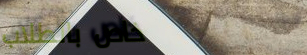
خاص بالطلاب